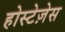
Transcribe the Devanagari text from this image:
होस्टेज़ेस